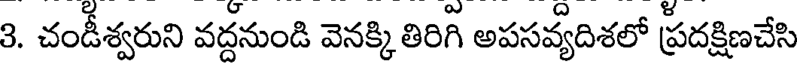
3. చండీశ్వరుని వద్దనుండి వెనక్కి తిరిగి అపసవ్యదిశలో ప్రదక్షిణచేసి